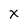
Character: X